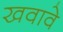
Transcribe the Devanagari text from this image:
खवावे